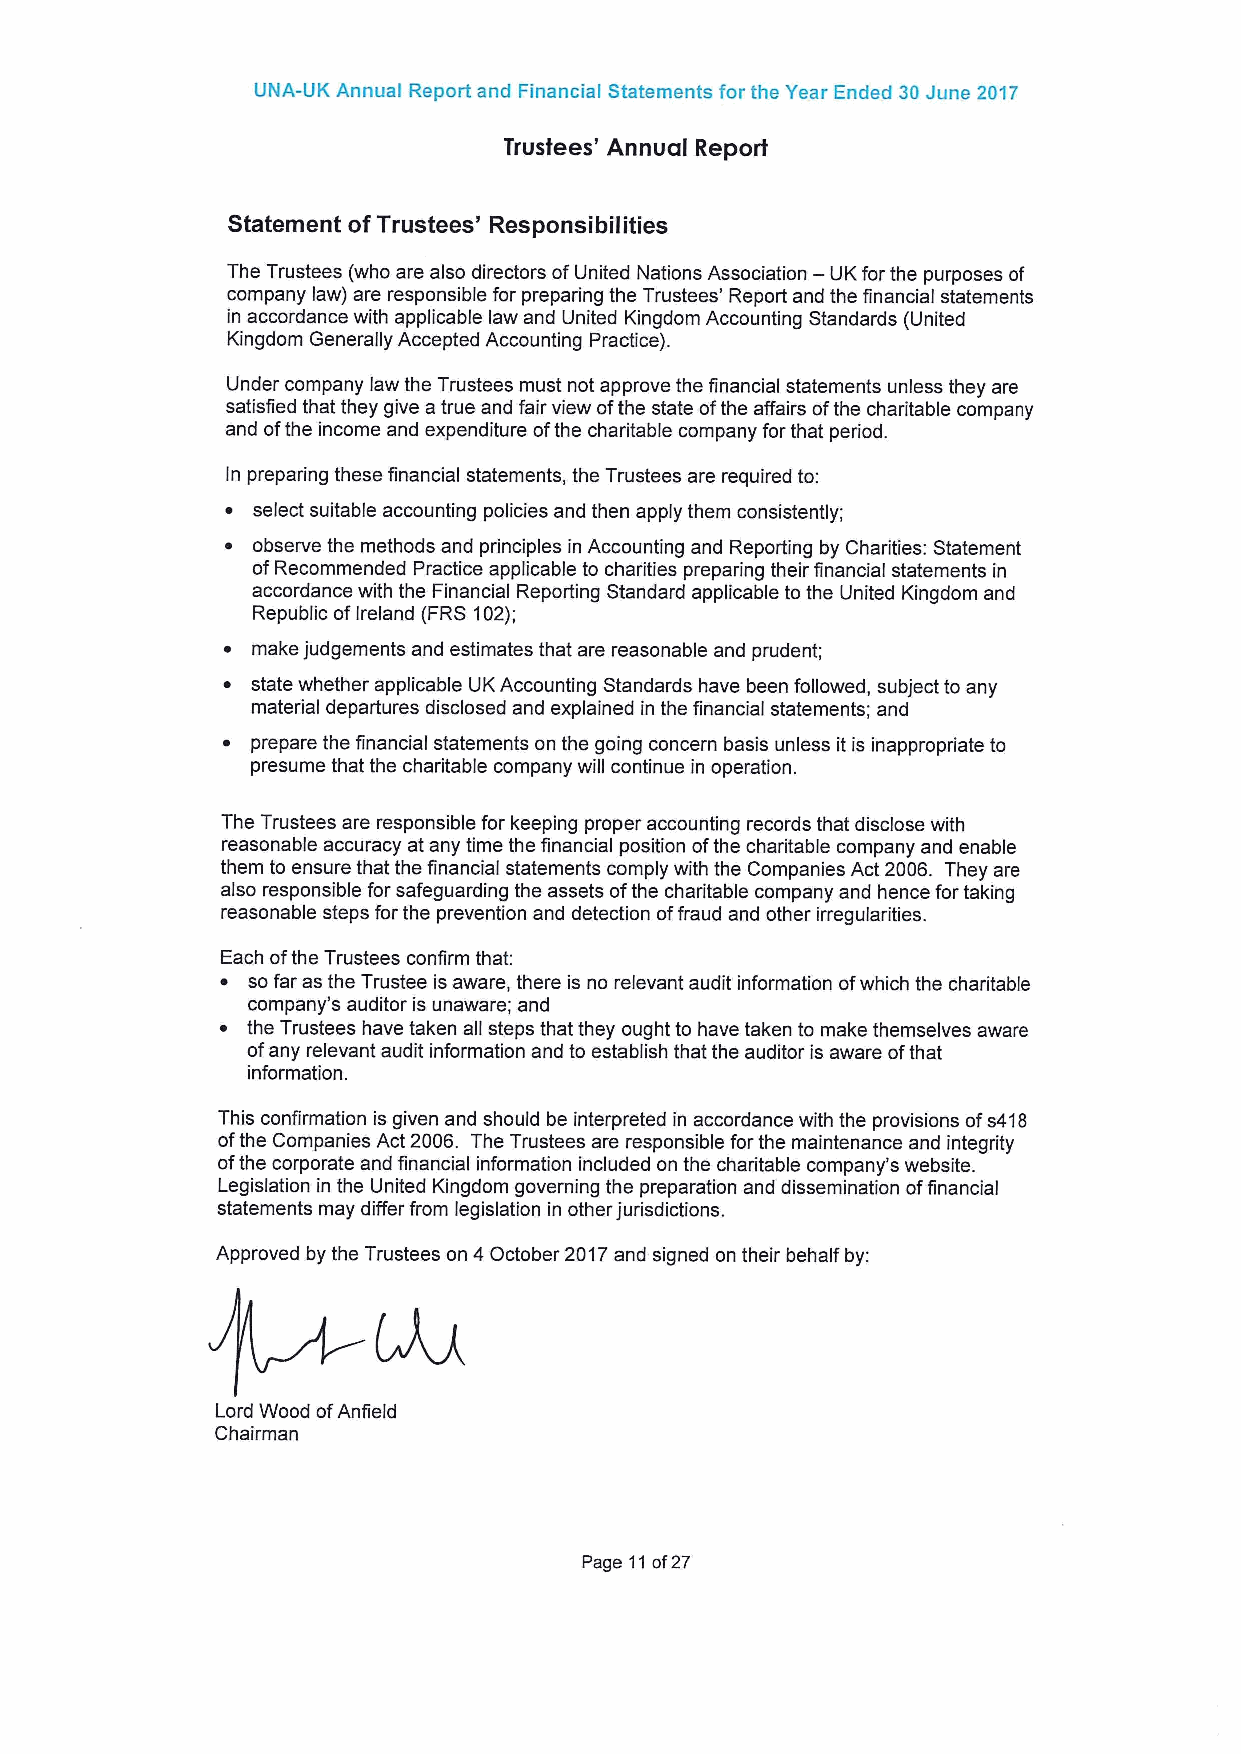
UNA-UK Annual Report and Financial Statements for the Year Ended 30 June 2017
 Trustees' Annual Report
 Statement ofTrustees' Responsibilities
 The Trustees (who are also directors ofUnited Nations Association — UK for the purposes of
 company law) are responsible for preparing the Trustees' Report and the financial statements
 in accordance with applicable law and United Kingdom Accounting Standards (United
 Kingdom Generally Accepted Accounting Practice).
 Under company law the Trustees must not approve the financial statements unless they are
 satisfied that they give a true and fair view ofthe state ofthe affairs ofthe charitable company
 and ofthe income and expenditure ofthe charitable company for that period.
 In preparing these financial statements, the Trustees are required to:
 ~ select suitable accounting policies and then apply them consistently;
 ~ observe the methods and principles in Accounting and Reporting by Charities: Statement
 ofRecommended Practice applicable to charities preparing their financial statements in
 accordance with the Financial Reporting Standard applicable to the United Kingdom and
 Republic ofIreland (FRS 102);
 ~ make judgements and estimates that are reasonable and prudent;
 ~ state whether applicable UKAccounting Standards have been followed, subject to any
 material departures disclosed and explained in the financial statements; and
 ~ prepare the financial statements on the going concern basis unless it is inappropriate to
 presume that the charitable company will continue in operation.
 The Trustees are responsible for keeping proper accounting records that disclose with
 reasonable accuracy at any time the financial position ofthe charitable company and enable
 them to ensure that the financial statements comply with the Companies Act 2006. They are
 also responsible for safeguarding the assets ofthe charitable company and hence for taking
 reasonable steps forthe prevention and detection offraud and other irregularities.
 Each ofthe Trustees confirm that:
 ~ so far as the Trustee is aware, there is no relevant audit information ofwhich the charitable
 company's auditor is unaware; and
 ~ the Trustees have taken all steps that they ought to have taken to make themselves aware
 ofany relevant audit information and to establish that the auditor is aware ofthat
 information.
 This confirmation is given and should be interpreted in accordance with the provisions ofs418
 ofthe Companies Act 2006. The Trustees are responsible forthe maintenance and integrity
 ofthe corporate and financial information included on the charitable company's website.
 Legislation in the United Kingdom governing the preparation and dissemination offinancial
 statements may differ from legislation in other jurisdictions.
 Approved by the Trustees on 4October 2017and signed on their behalf by:
 Lord Wood ofAnfield
 Chairman
 Page 11of27